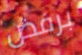
برفض